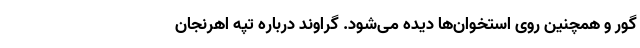
گور و همچنین روی استخوان‌ها دیده می‌شود. گراوند درباره تپه اهرنجان